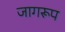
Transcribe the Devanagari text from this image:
जागरूप